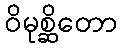
ဝိမုစ္ဆိတော